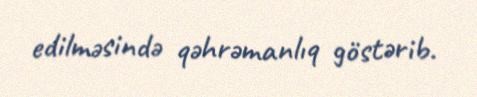
edilməsində qəhrəmanlıq göstərib.